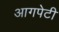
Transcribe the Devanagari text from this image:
आगपेटी